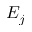
E _ { j }